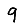
Digit: 9